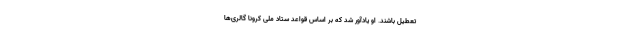
تعطیل باشند. او یادآور شد که بر اساس قواعد ستاد ملی کرونا گالری‌ها